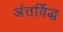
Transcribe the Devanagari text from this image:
अंतर्विद्ध